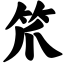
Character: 笊